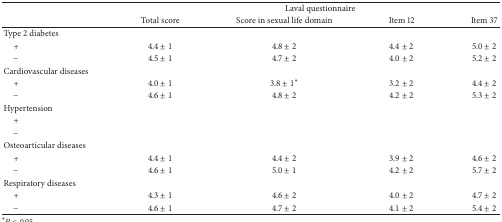
<table><thead><tr><td><b> </b></td><td colspan="4"><b>Laval questionnaire</b></td></tr><tr><td><b> </b></td><td><b>Total score</b></td><td><b>Score in sexual life domain</b></td><td><b>Item 12</b></td><td><b>Item 37</b></td></tr></thead><tbody><tr><td>Type 2 diabetes</td><td> </td><td> </td><td> </td><td> </td></tr><tr><td> +</td><td>4.4 ± 1</td><td>4.8 ± 2</td><td>4.4 ± 2</td><td>5.0 ± 2</td></tr><tr><td> −</td><td>4.5 ± 1</td><td>4.7 ± 2</td><td>4.0 ± 2</td><td>5.2 ± 2</td></tr><tr><td>Cardiovascular diseases</td><td> </td><td> </td><td> </td><td> </td></tr><tr><td> +</td><td>4.0 ± 1</td><td>3.8 ± 1*</td><td>3.2 ± 2</td><td>4.4 ± 2</td></tr><tr><td> −</td><td>4.6 ± 1</td><td>4.8 ± 2</td><td>4.2 ± 2</td><td>5.3 ± 2</td></tr><tr><td>Hypertension</td><td> </td><td> </td><td> </td><td> </td></tr><tr><td> +</td><td> </td><td> </td><td> </td><td> </td></tr><tr><td> −</td><td> </td><td> </td><td> </td><td> </td></tr><tr><td>Osteoarticular diseases</td><td> </td><td> </td><td> </td><td> </td></tr><tr><td> +</td><td>4.4 ± 1</td><td>4.4 ± 2</td><td>3.9 ± 2</td><td>4.6 ± 2</td></tr><tr><td> −</td><td>4.6 ± 1</td><td>5.0 ± 1</td><td>4.2 ± 2</td><td>5.7 ± 2</td></tr><tr><td>Respiratory diseases</td><td> </td><td> </td><td> </td><td> </td></tr><tr><td> +</td><td>4.3 ± 1</td><td>4.6 ± 2</td><td>4.0 ± 2</td><td>4.7 ± 2</td></tr><tr><td> −</td><td>4.6 ± 1</td><td>4.7 ± 2</td><td>4.1 ± 2</td><td>5.4 ± 2</td></tr></tbody></table>